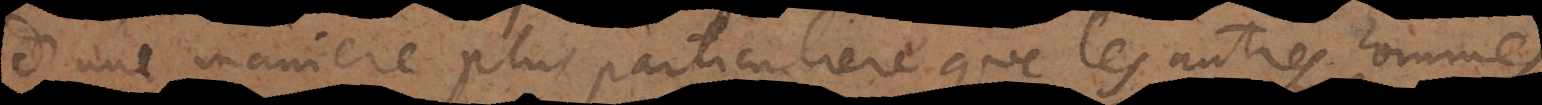
d’une maniere plus particuliere que les autres hommes,